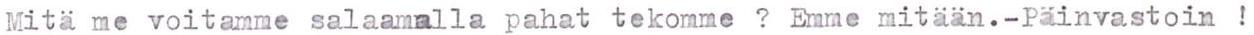
Mitä me voitamme salaamalla pahat tekomme  ?  Emme mitään.-Päinvastoin  !